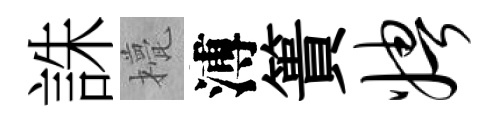
誅甍溥簣娉